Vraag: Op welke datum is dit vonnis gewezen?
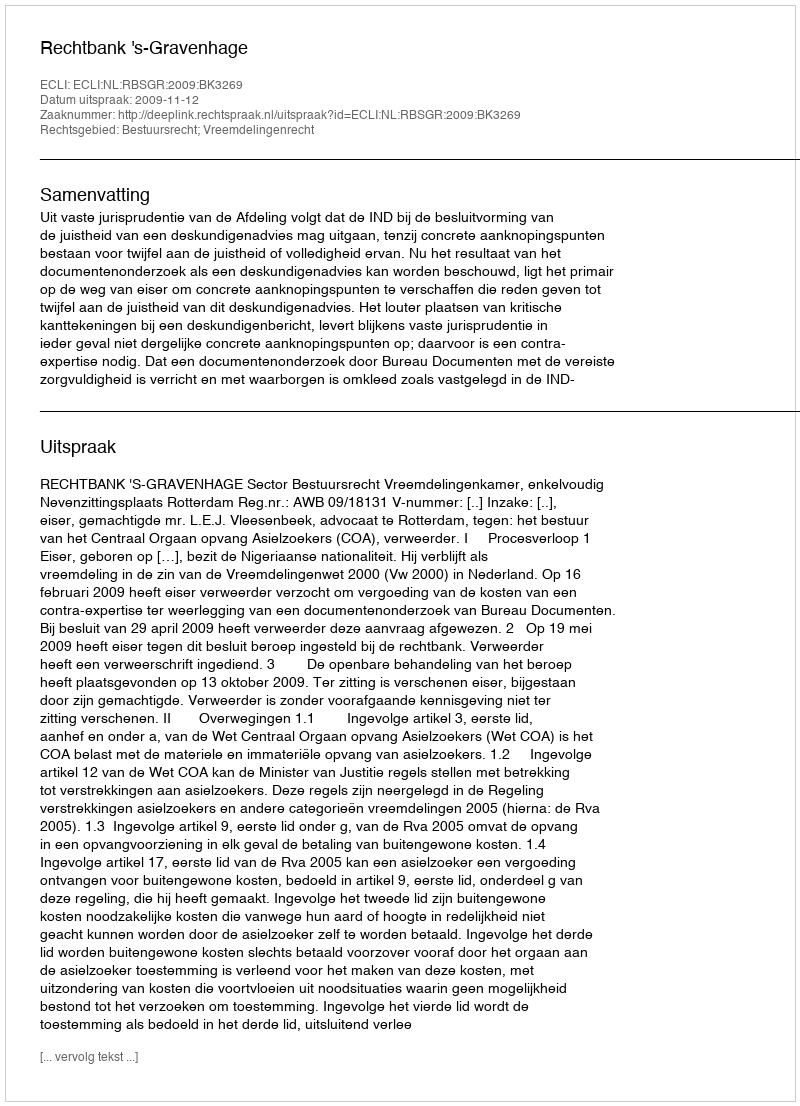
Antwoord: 2009-11-12